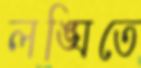
লঙ্ঘিতে